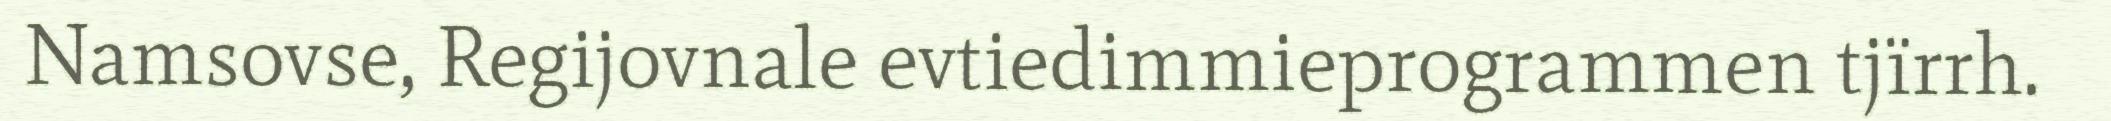
Namsovse, Regijovnale evtiedimmieprogrammen tjïrrh.